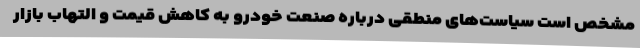
مشخص است سیاست‌های منطقی درباره صنعت خودرو به کاهش قیمت و التهاب بازار